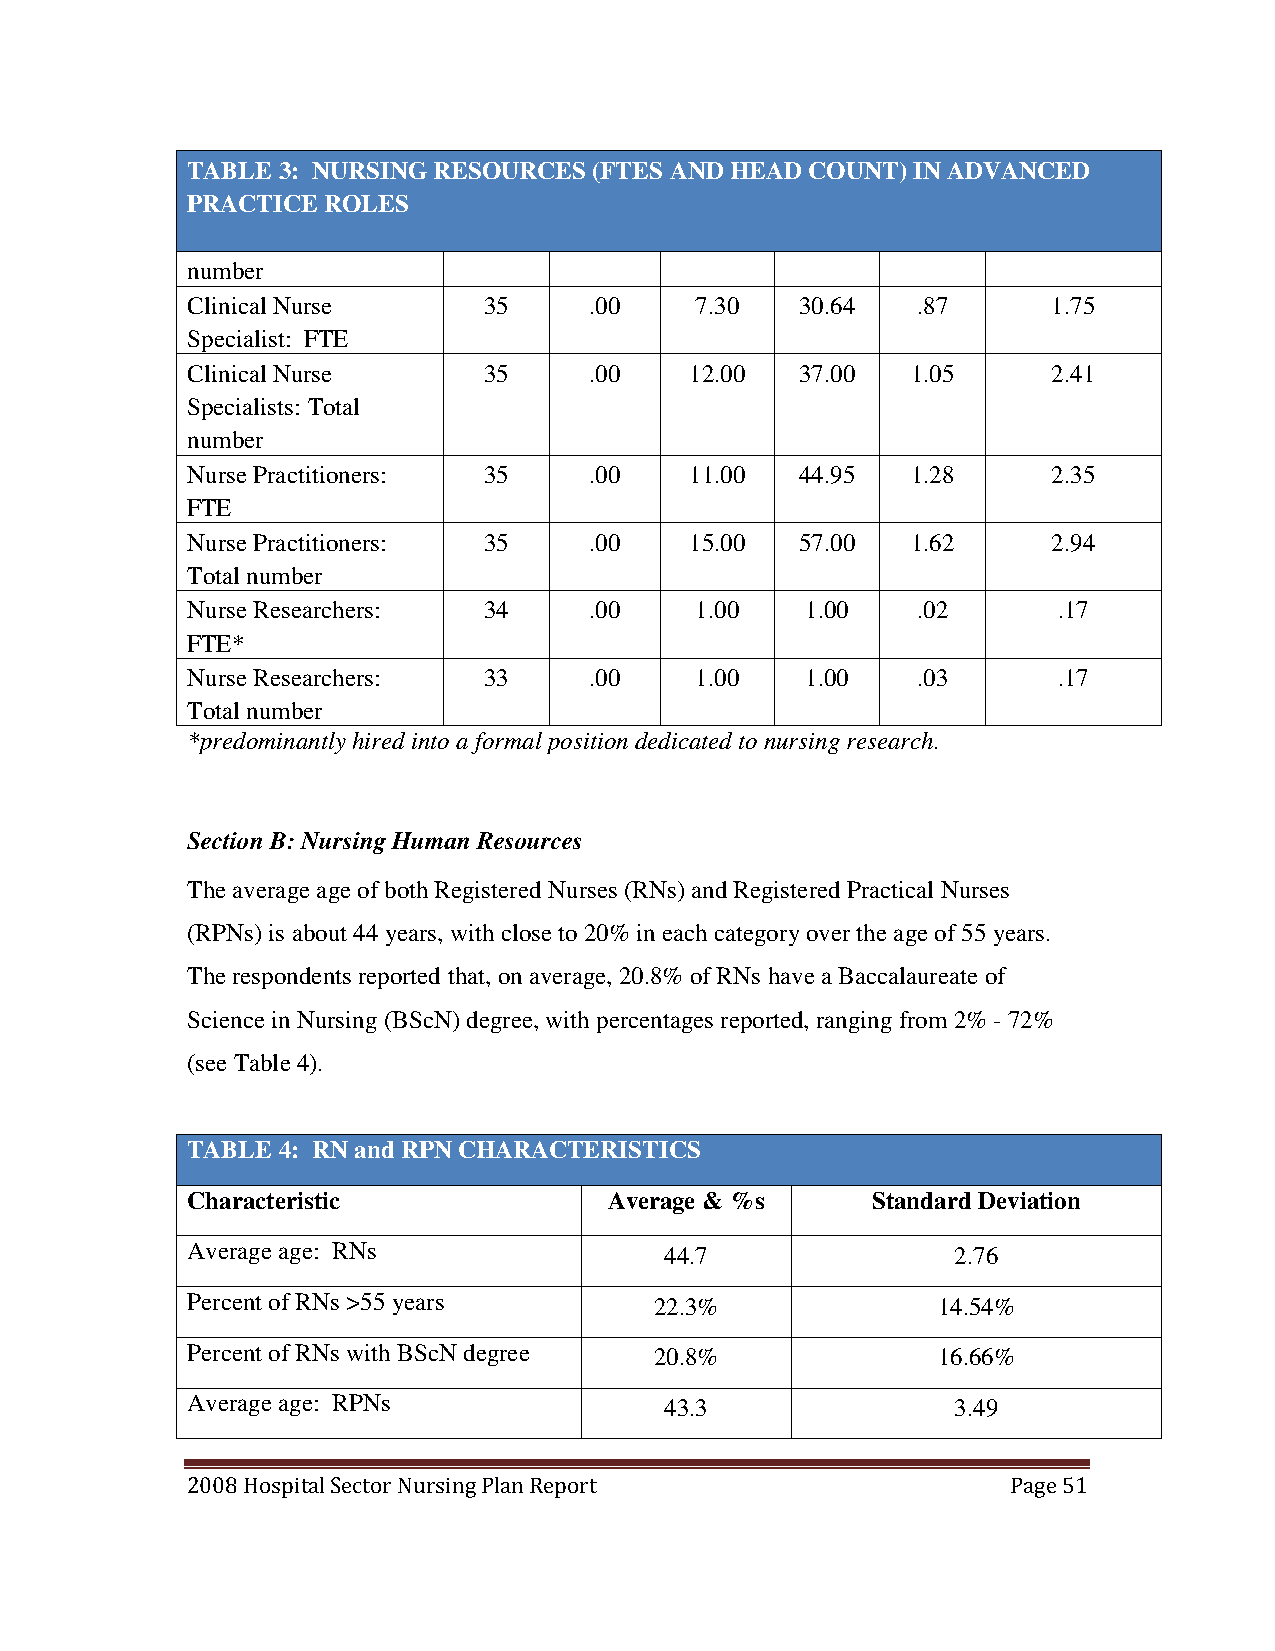
TABLE 3: NURSING RESOURCES (FTES AND HEAD COUNT) IN ADVANCED
 PRACTICE ROLES
 number
 Clinical Nurse      35     .00    7.30   30.64   .87      1.75
 Specialist: FTE
 Clinical Nurse      35     .00    12.00  37.00  1.05      2.41
 Specialists: Total
 number
 Nurse Practitioners: 35    .00    11.00  44.95  1.28      2.35
 FTE
 Nurse Practitioners: 35    .00    15.00  57.00  1.62      2.94
 Total number
 Nurse Researchers:  34     .00    1.00   1.00    .02      .17
 FTE*
 Nurse Researchers:  33     .00    1.00   1.00    .03      .17
 Total number
 *predominantly hired into a formal position dedicated to nursing research.
 Section B: Nursing Human Resources
 The average age of both Registered Nurses (RNs) and Registered Practical Nurses
 (RPNs) is about 44 years, with close to 20% in each category over the age of 55 years.
 The respondents reported that, on average, 20.8% of RNs have a Baccalaureate of
 Science in Nursing (BScN) degree, with percentages reported, ranging from 2% - 72%
 (see Table 4).
 TABLE 4: RN and RPN CHARACTERISTICS
 Characteristic              Average & %s      Standard Deviation
 Average age: RNs                44.7               2.76
 Percent of RNs >55 years       22.3%              14.54%
 Percent of RNs with BScN degree 20.8%             16.66%
 Average age: RPNs               43.3               3.49
 2008 Hospital Sector Nursing Plan Report               Page 51